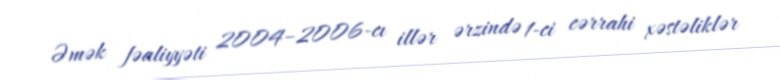
Əmək fəaliyyəti 2004–2006-cı illər ərzində 1-ci cərrahi xəstəliklər